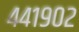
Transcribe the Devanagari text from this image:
४४१९०२